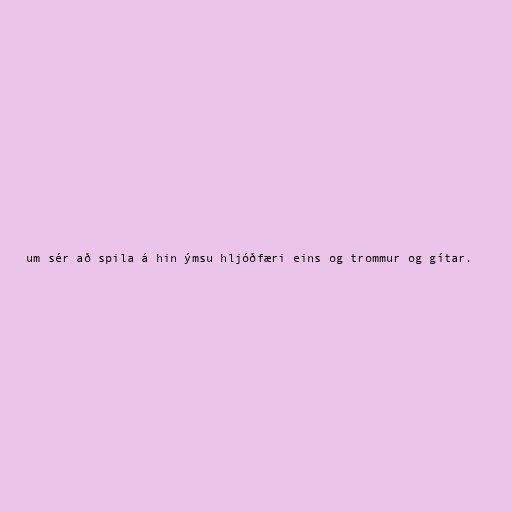
um sér að spila á hin ýmsu hljóðfæri eins og trommur og gítar.